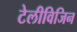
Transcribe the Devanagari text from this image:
टेलीविजिन